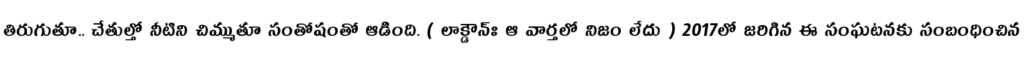
తిరుగుతూ.. చేతుల్తో నీటిని చిమ్ముతూ సంతోషంతో ఆడింది. ( లాక్డౌన్ః ఆ వార్తలో నిజం లేదు ) 2017లో జరిగిన ఈ సంఘటనకు సంబంధించిన